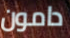
دامون